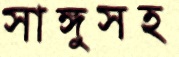
সাঙ্গুসহ